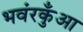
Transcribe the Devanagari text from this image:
भवंरकुँआ